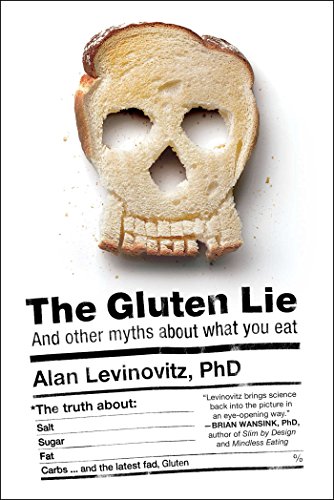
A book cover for The Gluten Lie: And Other Myths About What You Eat; Alan Levinovitz; Cookbooks, Food & Wine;